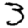
Digit: 3